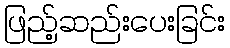
ဖြည့်ဆည်းပေးခြင်း